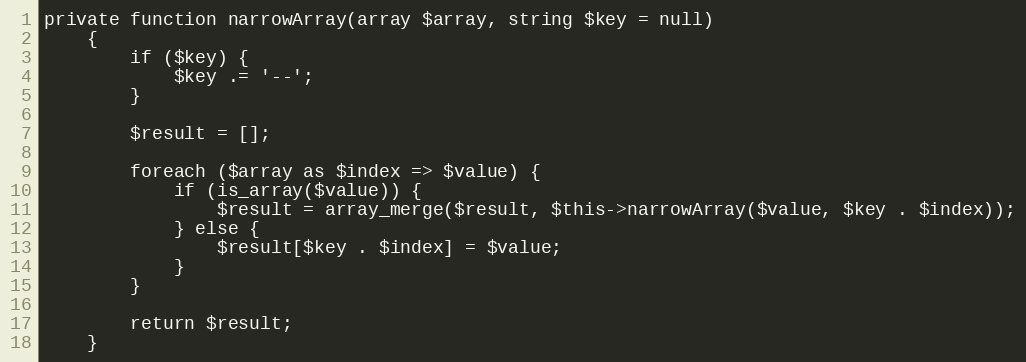
Language: PHP
private function narrowArray(array $array, string $key = null)
    {
        if ($key) {
            $key .= '--';
        }

        $result = [];

        foreach ($array as $index => $value) {
            if (is_array($value)) {
                $result = array_merge($result, $this->narrowArray($value, $key . $index));
            } else {
                $result[$key . $index] = $value;
            }
        }

        return $result;
    }